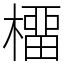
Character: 橊